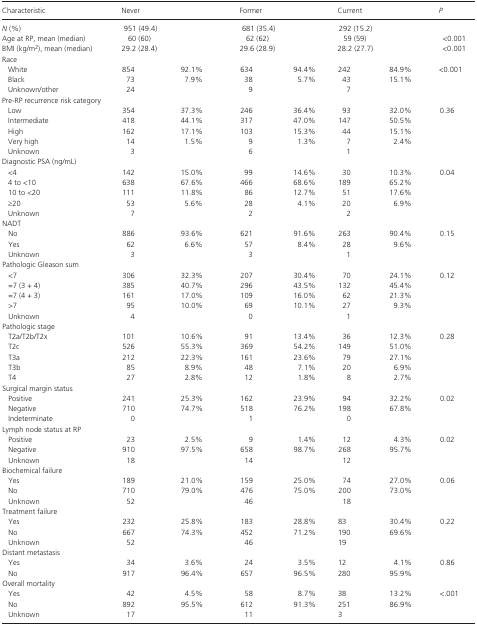
<table><thead><tr><td><b>Characteristic</b></td><td colspan="2"><b>Never</b></td><td colspan="2"><b>Former</b></td><td colspan="2"><b>Current</b></td><td><b><i>P</i></b></td></tr></thead><tbody><tr><td><i>N</i> (%)</td><td colspan="2">951 (49.4)</td><td colspan="2">681 (35.4)</td><td colspan="2">292 (15.2)</td><td></td></tr><tr><td>Age at RP, mean (median)</td><td colspan="2">60 (60)</td><td colspan="2">62 (62)</td><td colspan="2">59 (59)</td><td>&lt;0.001</td></tr><tr><td>BMI (kg/m<sup>2</sup>), mean (median)</td><td colspan="2">29.2 (28.4)</td><td colspan="2">29.6 (28.9)</td><td colspan="2">28.2 (27.7)</td><td>&lt;0.001</td></tr><tr><td colspan="8">Race</td></tr><tr><td>White</td><td>854</td><td>92.1%</td><td>634</td><td>94.4%</td><td>242</td><td>84.9%</td><td>&lt;0.001</td></tr><tr><td>Black</td><td>73</td><td>7.9%</td><td>38</td><td>5.7%</td><td>43</td><td>15.1%</td><td></td></tr><tr><td>Unknown/other</td><td>24</td><td></td><td>9</td><td></td><td>7</td><td></td><td></td></tr><tr><td colspan="8">Pre‐RP recurrence risk category</td></tr><tr><td>Low</td><td>354</td><td>37.3%</td><td>246</td><td>36.4%</td><td>93</td><td>32.0%</td><td>0.36</td></tr><tr><td>Intermediate</td><td>418</td><td>44.1%</td><td>317</td><td>47.0%</td><td>147</td><td>50.5%</td><td></td></tr><tr><td>High</td><td>162</td><td>17.1%</td><td>103</td><td>15.3%</td><td>44</td><td>15.1%</td><td></td></tr><tr><td>Very high</td><td>14</td><td>1.5%</td><td>9</td><td>1.3%</td><td>7</td><td>2.4%</td><td></td></tr><tr><td>Unknown</td><td>3</td><td></td><td>6</td><td></td><td>1</td><td></td><td></td></tr><tr><td colspan="8">Diagnostic PSA (ng/mL)</td></tr><tr><td>&lt;4</td><td>142</td><td>15.0%</td><td>99</td><td>14.6%</td><td>30</td><td>10.3%</td><td>0.04</td></tr><tr><td>4 to &lt;10</td><td>638</td><td>67.6%</td><td>466</td><td>68.6%</td><td>189</td><td>65.2%</td><td></td></tr><tr><td>10 to &lt;20</td><td>111</td><td>11.8%</td><td>86</td><td>12.7%</td><td>51</td><td>17.6%</td><td></td></tr><tr><td>≥20</td><td>53</td><td>5.6%</td><td>28</td><td>4.1%</td><td>20</td><td>6.9%</td><td></td></tr><tr><td>Unknown</td><td>7</td><td></td><td>2</td><td></td><td>2</td><td></td><td></td></tr><tr><td colspan="8">NADT</td></tr><tr><td>No</td><td>886</td><td>93.6%</td><td>621</td><td>91.6%</td><td>263</td><td>90.4%</td><td>0.15</td></tr><tr><td>Yes</td><td>62</td><td>6.6%</td><td>57</td><td>8.4%</td><td>28</td><td>9.6%</td><td></td></tr><tr><td>Unknown</td><td>3</td><td></td><td>3</td><td></td><td>1</td><td></td><td></td></tr><tr><td colspan="8">Pathologic Gleason sum</td></tr><tr><td>&lt;7</td><td>306</td><td>32.3%</td><td>207</td><td>30.4%</td><td>70</td><td>24.1%</td><td>0.12</td></tr><tr><td>=7 (3 + 4)</td><td>385</td><td>40.7%</td><td>296</td><td>43.5%</td><td>132</td><td>45.4%</td><td></td></tr><tr><td>=7 (4 + 3)</td><td>161</td><td>17.0%</td><td>109</td><td>16.0%</td><td>62</td><td>21.3%</td><td></td></tr><tr><td>&gt;7</td><td>95</td><td>10.0%</td><td>69</td><td>10.1%</td><td>27</td><td>9.3%</td><td></td></tr><tr><td>Unknown</td><td>4</td><td></td><td>0</td><td></td><td>1</td><td></td><td></td></tr><tr><td colspan="8">Pathologic stage</td></tr><tr><td>T2a/T2b/T2x</td><td>101</td><td>10.6%</td><td>91</td><td>13.4%</td><td>36</td><td>12.3%</td><td>0.28</td></tr><tr><td>T2c</td><td>526</td><td>55.3%</td><td>369</td><td>54.2%</td><td>149</td><td>51.0%</td><td></td></tr><tr><td>T3a</td><td>212</td><td>22.3%</td><td>161</td><td>23.6%</td><td>79</td><td>27.1%</td><td></td></tr><tr><td>T3b</td><td>85</td><td>8.9%</td><td>48</td><td>7.1%</td><td>20</td><td>6.9%</td><td></td></tr><tr><td>T4</td><td>27</td><td>2.8%</td><td>12</td><td>1.8%</td><td>8</td><td>2.7%</td><td></td></tr><tr><td colspan="8">Surgical margin status</td></tr><tr><td>Positive</td><td>241</td><td>25.3%</td><td>162</td><td>23.9%</td><td>94</td><td>32.2%</td><td>0.02</td></tr><tr><td>Negative</td><td>710</td><td>74.7%</td><td>518</td><td>76.2%</td><td>198</td><td>67.8%</td><td></td></tr><tr><td>Indeterminate</td><td>0</td><td></td><td>1</td><td></td><td>0</td><td></td><td></td></tr><tr><td colspan="8">Lymph node status at RP</td></tr><tr><td>Positive</td><td>23</td><td>2.5%</td><td>9</td><td>1.4%</td><td>12</td><td>4.3%</td><td>0.02</td></tr><tr><td>Negative</td><td>910</td><td>97.5%</td><td>658</td><td>98.7%</td><td>268</td><td>95.7%</td><td></td></tr><tr><td>Unknown</td><td>18</td><td></td><td>14</td><td></td><td>12</td><td></td><td></td></tr><tr><td colspan="8">Biochemical failure</td></tr><tr><td>Yes</td><td>189</td><td>21.0%</td><td>159</td><td>25.0%</td><td>74</td><td>27.0%</td><td>0.06</td></tr><tr><td>No</td><td>710</td><td>79.0%</td><td>476</td><td>75.0%</td><td>200</td><td>73.0%</td><td></td></tr><tr><td>Unknown</td><td>52</td><td></td><td>46</td><td></td><td>18</td><td></td><td></td></tr><tr><td colspan="8">Treatment failure</td></tr><tr><td>Yes</td><td>232</td><td>25.8%</td><td>183</td><td>28.8%</td><td>83</td><td>30.4%</td><td>0.22</td></tr><tr><td>No</td><td>667</td><td>74.3%</td><td>452</td><td>71.2%</td><td>190</td><td>69.6%</td><td></td></tr><tr><td>Unknown</td><td>52</td><td></td><td>46</td><td></td><td>19</td><td></td><td></td></tr><tr><td colspan="8">Distant metastasis</td></tr><tr><td>Yes</td><td>34</td><td>3.6%</td><td>24</td><td>3.5%</td><td>12</td><td>4.1%</td><td>0.86</td></tr><tr><td>No</td><td>917</td><td>96.4%</td><td>657</td><td>96.5%</td><td>280</td><td>95.9%</td><td></td></tr><tr><td colspan="8">Overall mortality</td></tr><tr><td>Yes</td><td>42</td><td>4.5%</td><td>58</td><td>8.7%</td><td>38</td><td>13.2%</td><td>&lt;.001</td></tr><tr><td>No</td><td>892</td><td>95.5%</td><td>612</td><td>91.3%</td><td>251</td><td>86.9%</td><td></td></tr><tr><td>Unknown</td><td>17</td><td></td><td>11</td><td></td><td>3</td><td></td><td></td></tr></tbody></table>